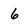
Character: 6